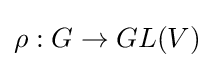
\rho :G\to GL(V)